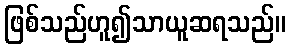
ဖြစ်သည်ဟူ၍သာယူဆရသည်။